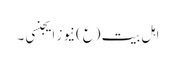
اہل بیت (ع)نیوز ایجنسی ۔